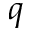
q